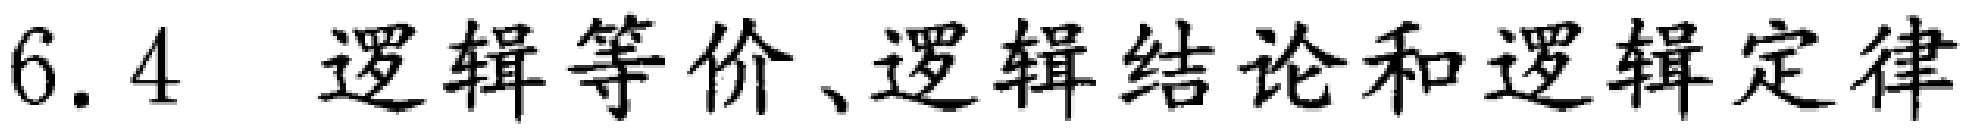
6.4 逻辑等价、逻辑结论和逻辑定律